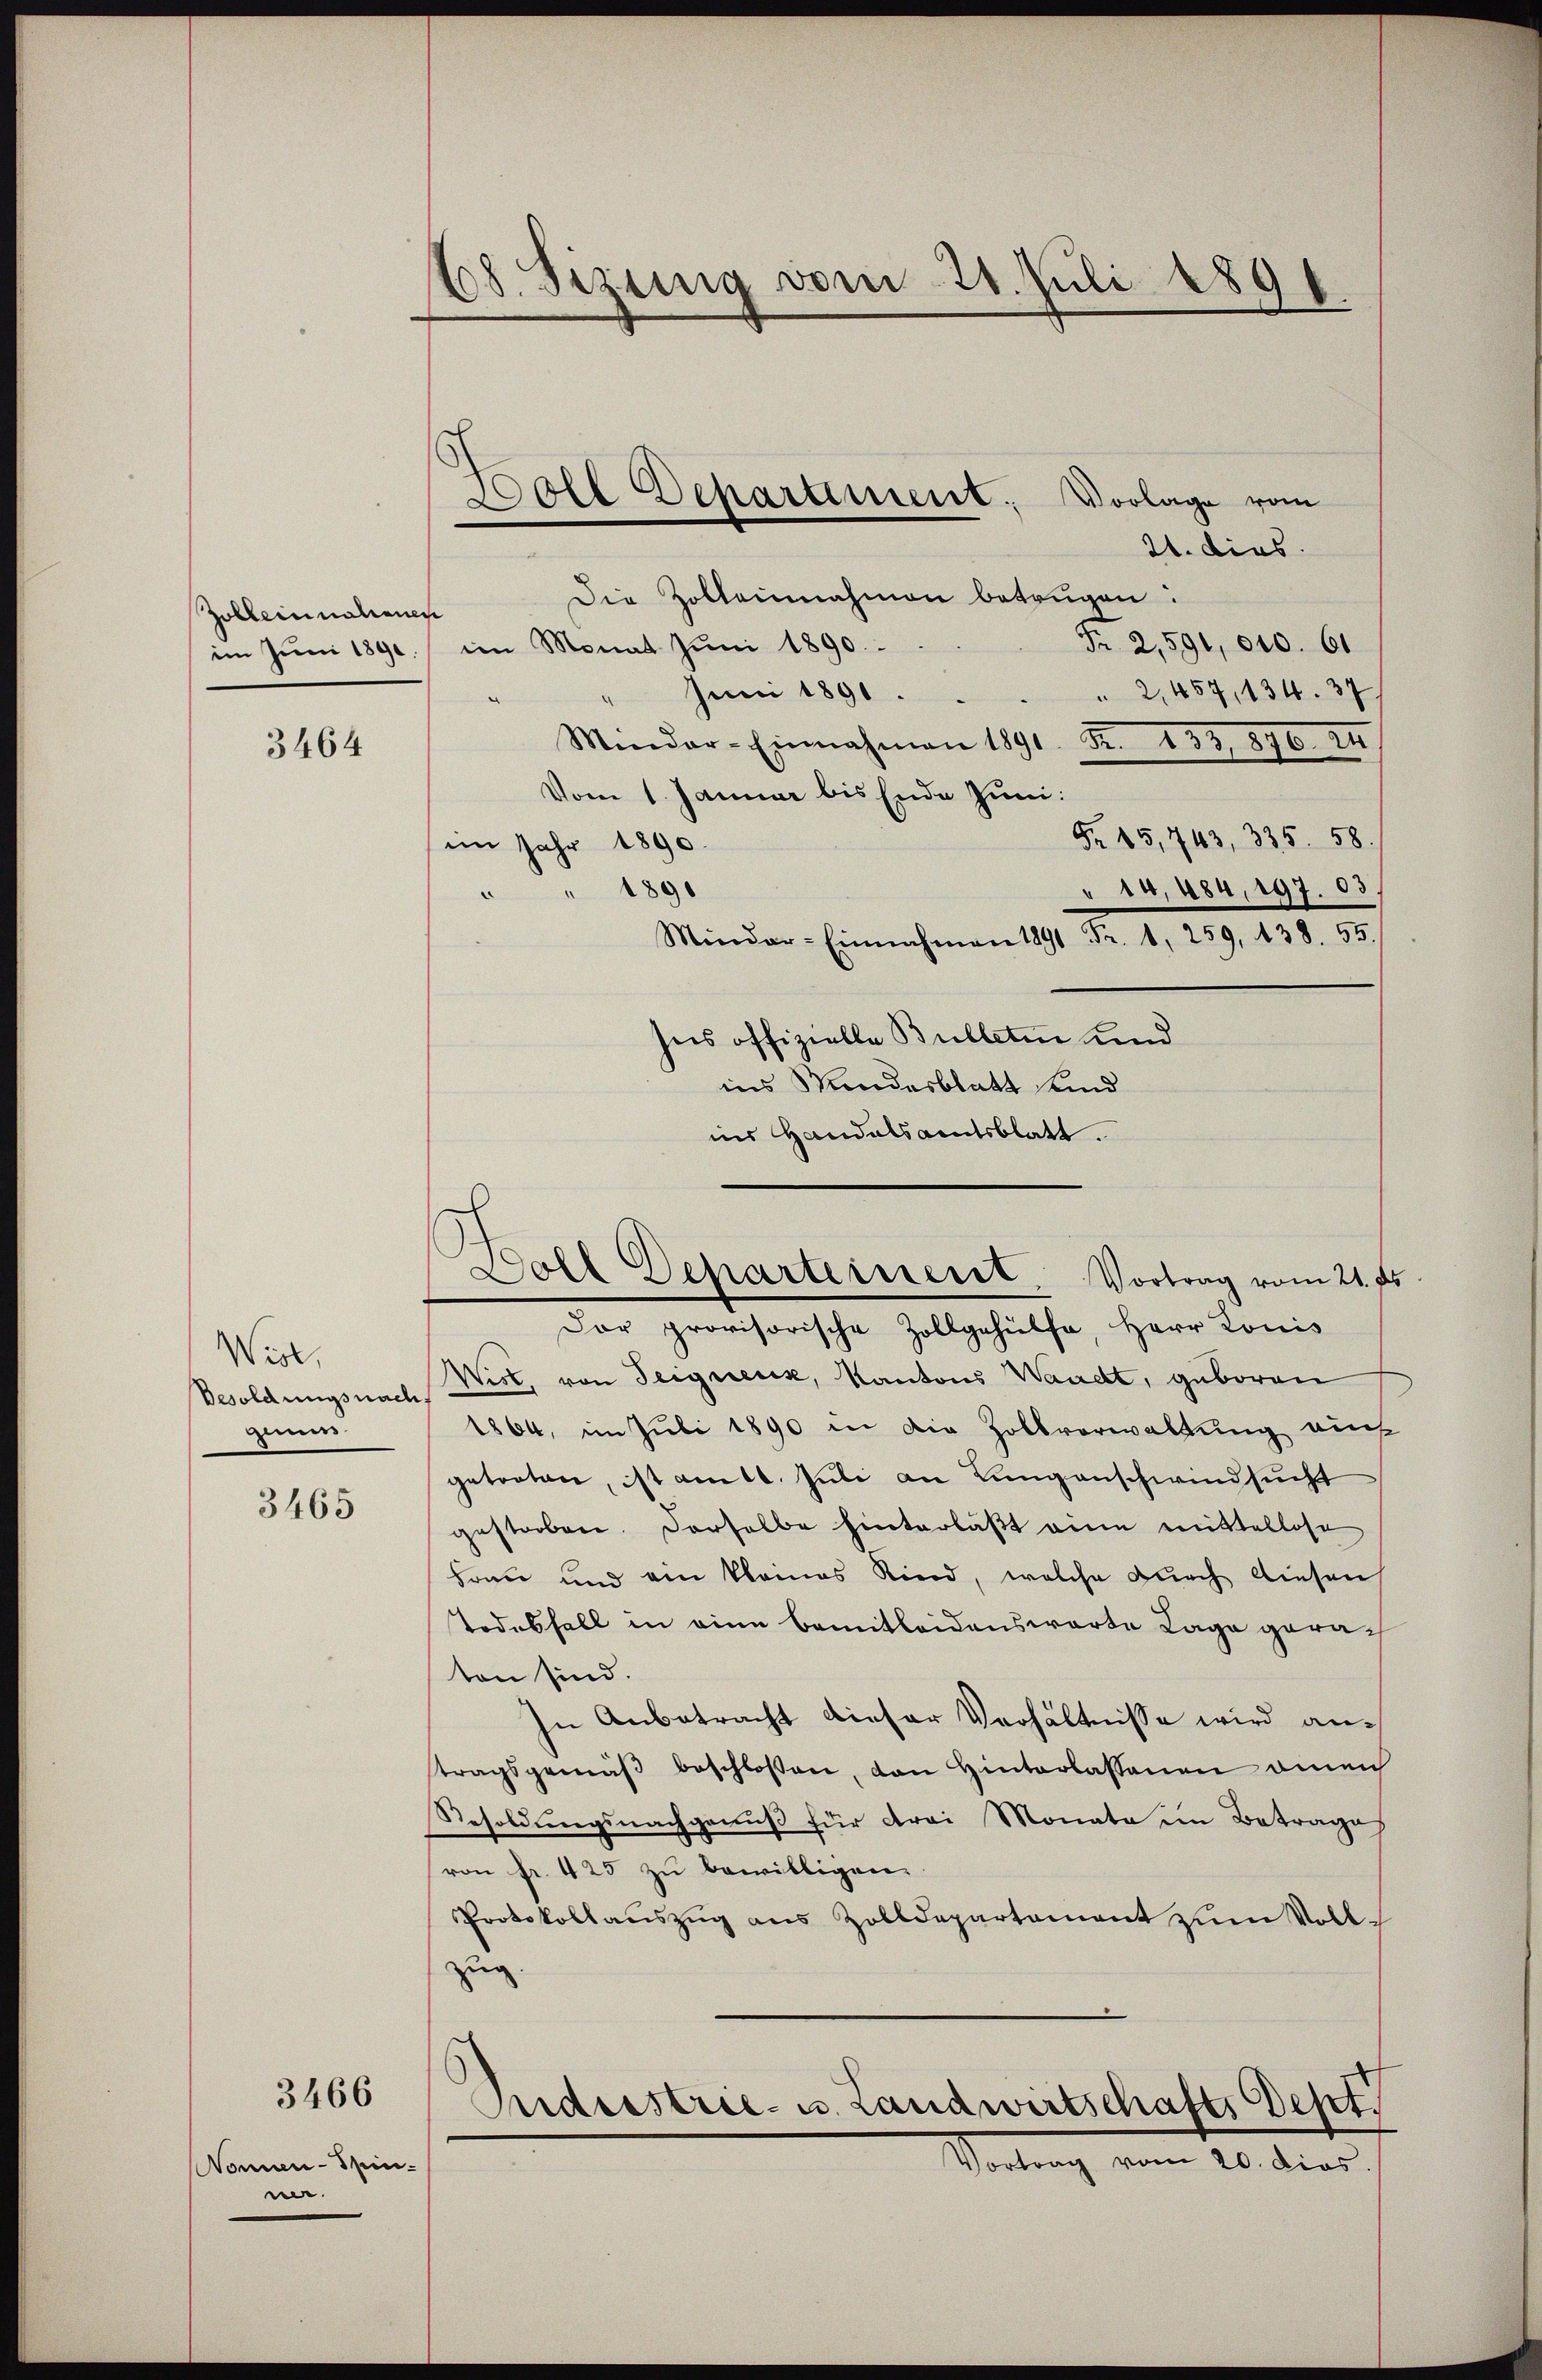
Zobleminationen

3464

Widl,
Besoldungsnach
gmas

3465

3466

Nonnen-Spinm.

68. Sizung vom 21. Juli 1891.

21. dies
Die Zollennahmen betrügen.
Fr. 2,591, 010. 61
im Jŭni 1890 im Monat Jŭni 1890.
Juni 1891.
 2, 457, 134. 37
Minder-Einnahmen 1891. R. 133, 1876. III
Vom 1. Januar bis Ende Juni:
Fr. 15,743, 335. 58.
im Jahr 1890.
1890
" 14, 484, 197. 63
Minder-Einnahmen Fr. 1, 259, 438. 55.
sees offizielle Bulleten und
ins Windesblatt und
Wist, von Teignenik, Kantons Waadt, geboren
1864, im Juli 1890 in die Zollverwaltung auch
getreten, ist amtl. Juli an Lungenschwindsucht
gestorbene. Derselbe hinterläβt eine mittellose
Frau und ein kleines Kind, welche dŭrch diesen
Todesfall in eine bemitleidenswarte Lage geraten sind.
In Anbetracht dieser Verhältnisse wird anstragsgemäβ beschlossen, von Hinterlassenen amen
Resoldungsnachgenuß für drei Monate im Betrage
von fr. 425 zu bewilligen.
Protokollaŭszŭg ans Zolldepartament zŭm Voll-
zug.
Andrestrie- u. Landwirtschafts Dept
Vortrag vom 20. Dies

Boll Departement; Vorlage vom

ins Handelsamtsblatt.
Dolt Departeiserit. Vortrag vom 21. ds.
Dar provisorische Zollgehülfe, Herr Lonis